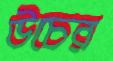
উচের